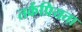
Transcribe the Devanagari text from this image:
तर्कप्रियता